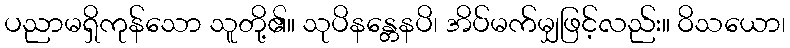
ပညာမရှိကုန်သော သူတို့၏။ သုပိနန္တေနပိ၊ အိပ်မက်မျှဖြင့်လည်း။ ဝိသယော၊